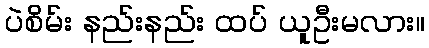
ပဲစိမ်း နည်းနည်း ထပ် ယူဦးမလား။